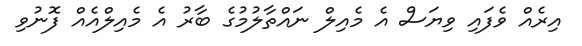
އިރެއް ވެފައި ވިޔަސް އެ މެއިލް ނައްތާލުމުގެ ބާރު އެ މެއިލްއެއް ފޮނުވި